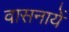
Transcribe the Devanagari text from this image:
वासनायें